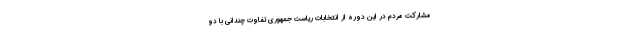
مشارکت مردم در این دوره از انتخابات ریاست جمهوری تفاوت چندانی با دو